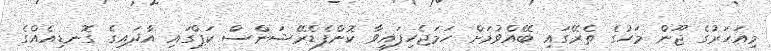
މިއަހަރުގެ ޖޫން މަހުގެ ތެރޭގައި ބޭއްވުމަށް ހަމަޖެހިފައިވާ ކޮންފެޑެރޭޝަންސް ކަޕްގައި އާދައިގެ ގޮނޑިއެއްގެ